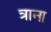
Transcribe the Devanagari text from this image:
त्राना